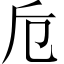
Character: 卮